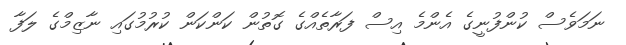
ނަމަވެސް ކުންފުނީގެ އެންމެ އިސް ފަރާތެއްގެ ގޮތުން ކަންކަން ކުރުމުގައި ނާޒިމްގެ ލަފާ